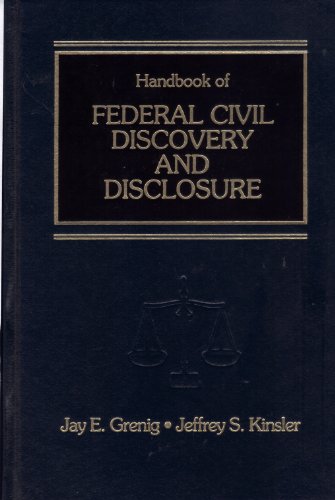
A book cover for Handbook of Federal Civil Discovery and Disclosure; Jay E. Grenig; Law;